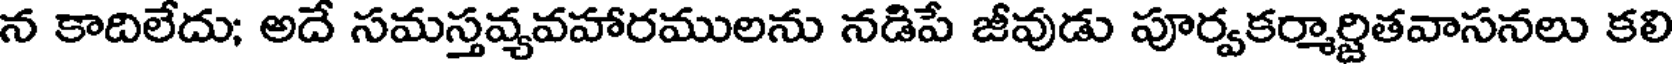
న కాదిలేదు; అదే సమస్తవ్యవహారములను నడిపే జీవుడు పూర్వకర్మార్జితవాసనలు కలి